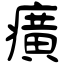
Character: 癀